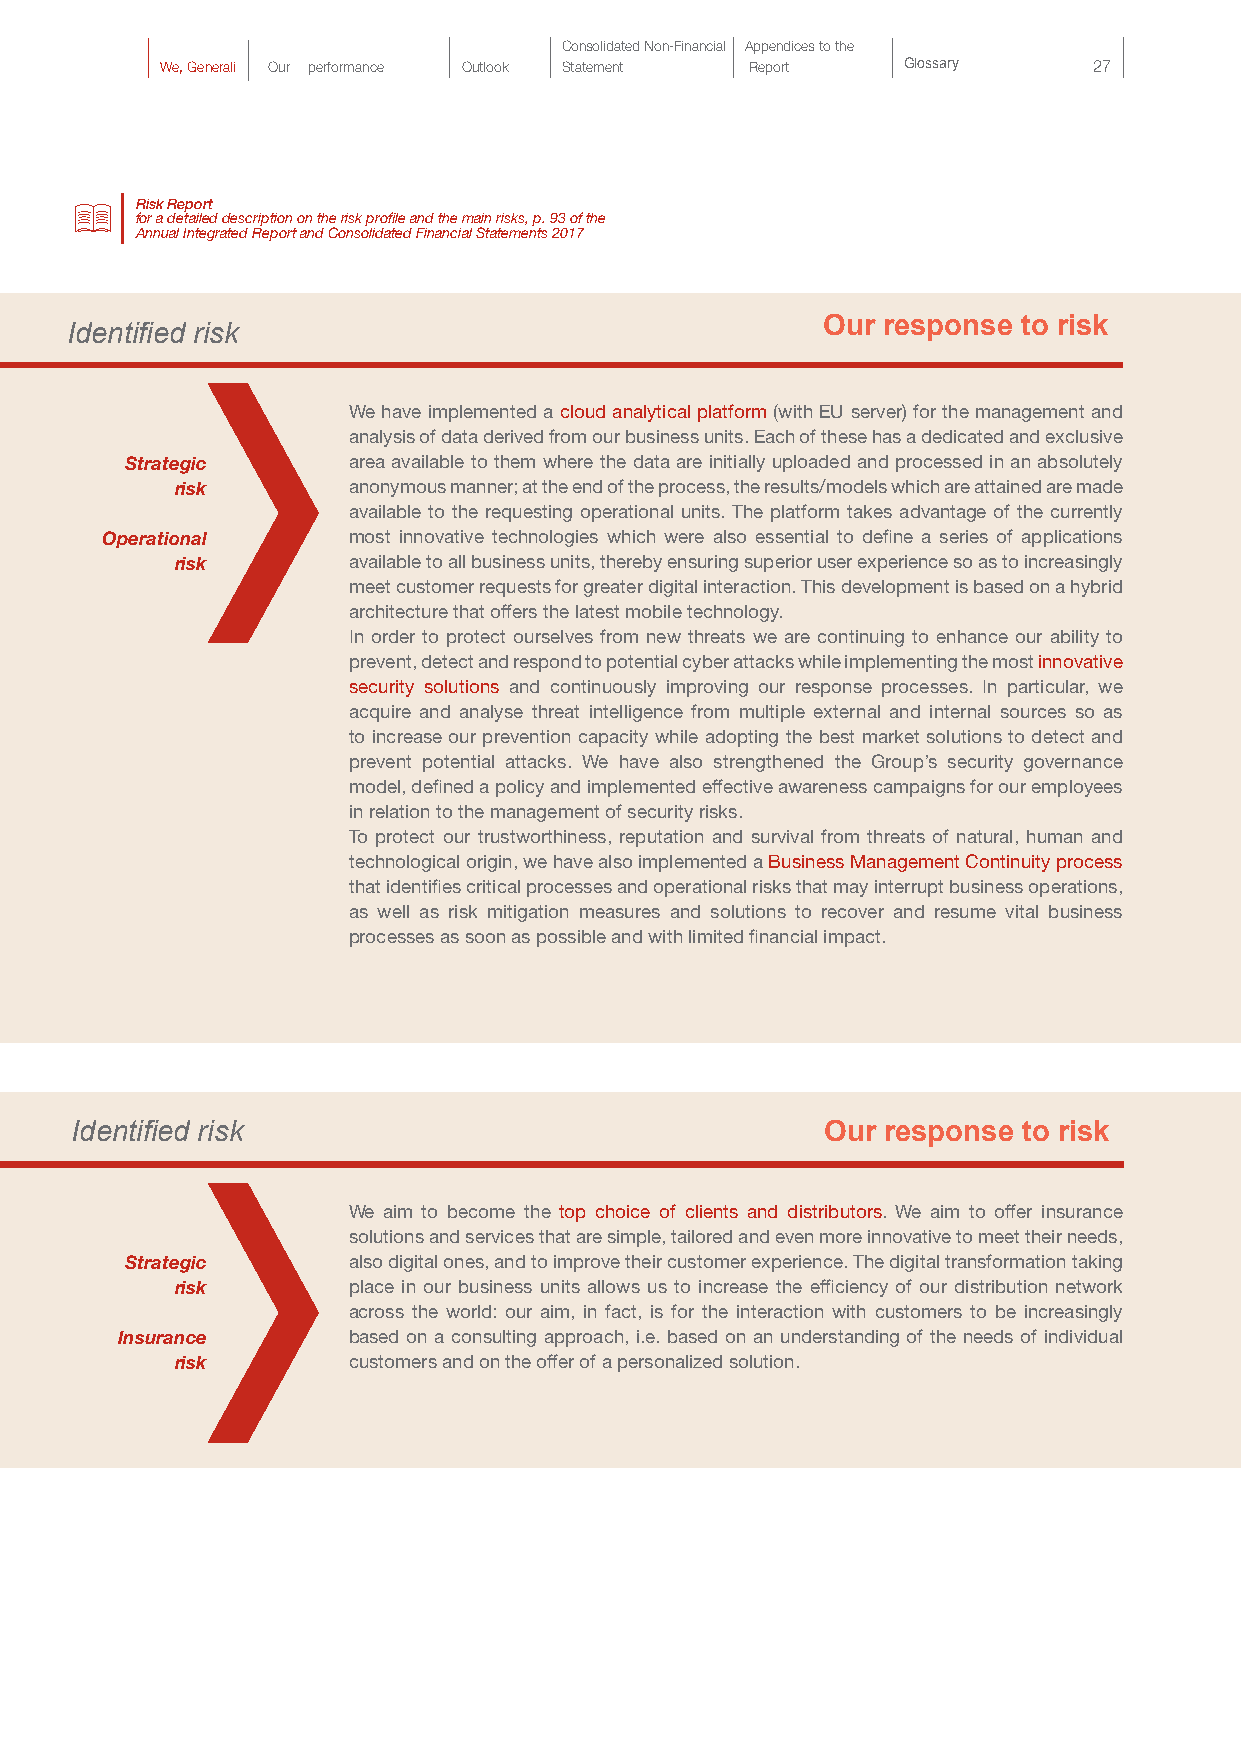
Consolidated Non-Financial Appendices to the
 We, Generali Our performance Outlook Statement Report Glossary 27
 Risk Report
 for a detailed description on the risk profile and the main risks, p. 93 of the
 Annual Integrated Report and Consolidated Financial Statements 2017
 Our response  to risk
 Identified risk
 We have implemented a cloud analytical platform (with EU server) for the management and
 analysis of data derived from our business units. Each of these has a dedicated and exclusive
 Strategic      area available to them where the data are initially uploaded and processed in an absolutely
 risk       anonymous manner; at the end of the process, the results/models which are attained are made
 available to the requesting operational units. The platform takes advantage of the currently
 Operational     most innovative technologies which were also essential to define a series of applications
 risk       available to all business units, thereby ensuring superior user experience so as to increasingly
 meet customer requests for greater digital interaction. This development is based on a hybrid
 architecture that offers the latest mobile technology.
 In order to protect ourselves from new threats we are continuing to enhance our ability to
 prevent, detect and respond to potential cyber attacks while implementing the most innovative
 security solutions and continuously improving our response processes. In particular, we
 acquire and analyse threat intelligence from multiple external and internal sources so as
 to increase our prevention capacity while adopting the best market solutions to detect and
 prevent potential attacks. We have also strengthened the Group’s security governance
 model, defined a policy and implemented effective awareness campaigns for our employees
 in relation to the management of security risks.
 To protect our trustworthiness, reputation and survival from threats of natural, human and
 technological origin, we have also implemented a Business Management Continuity process
 that identifies critical processes and operational risks that may interrupt business operations,
 as well as risk mitigation measures and solutions to recover and resume vital business
 processes as soon as possible and with limited financial impact.
 Identified risk                                   Our response to risk
 We aim to become the top choice of clients and distributors. We aim to offer insurance
 solutions and services that are simple, tailored and even more innovative to meet their needs,
 Strategic      also digital ones, and to improve their customer experience. The digital transformation taking
 risk       place in our business units allows us to increase the efficiency of our distribution network
 across the world: our aim, in fact, is for the interaction with customers to be increasingly
 Insurance      based on a consulting approach, i.e. based on an understanding of the needs of individual
 risk       customers and on the offer of a personalized solution.